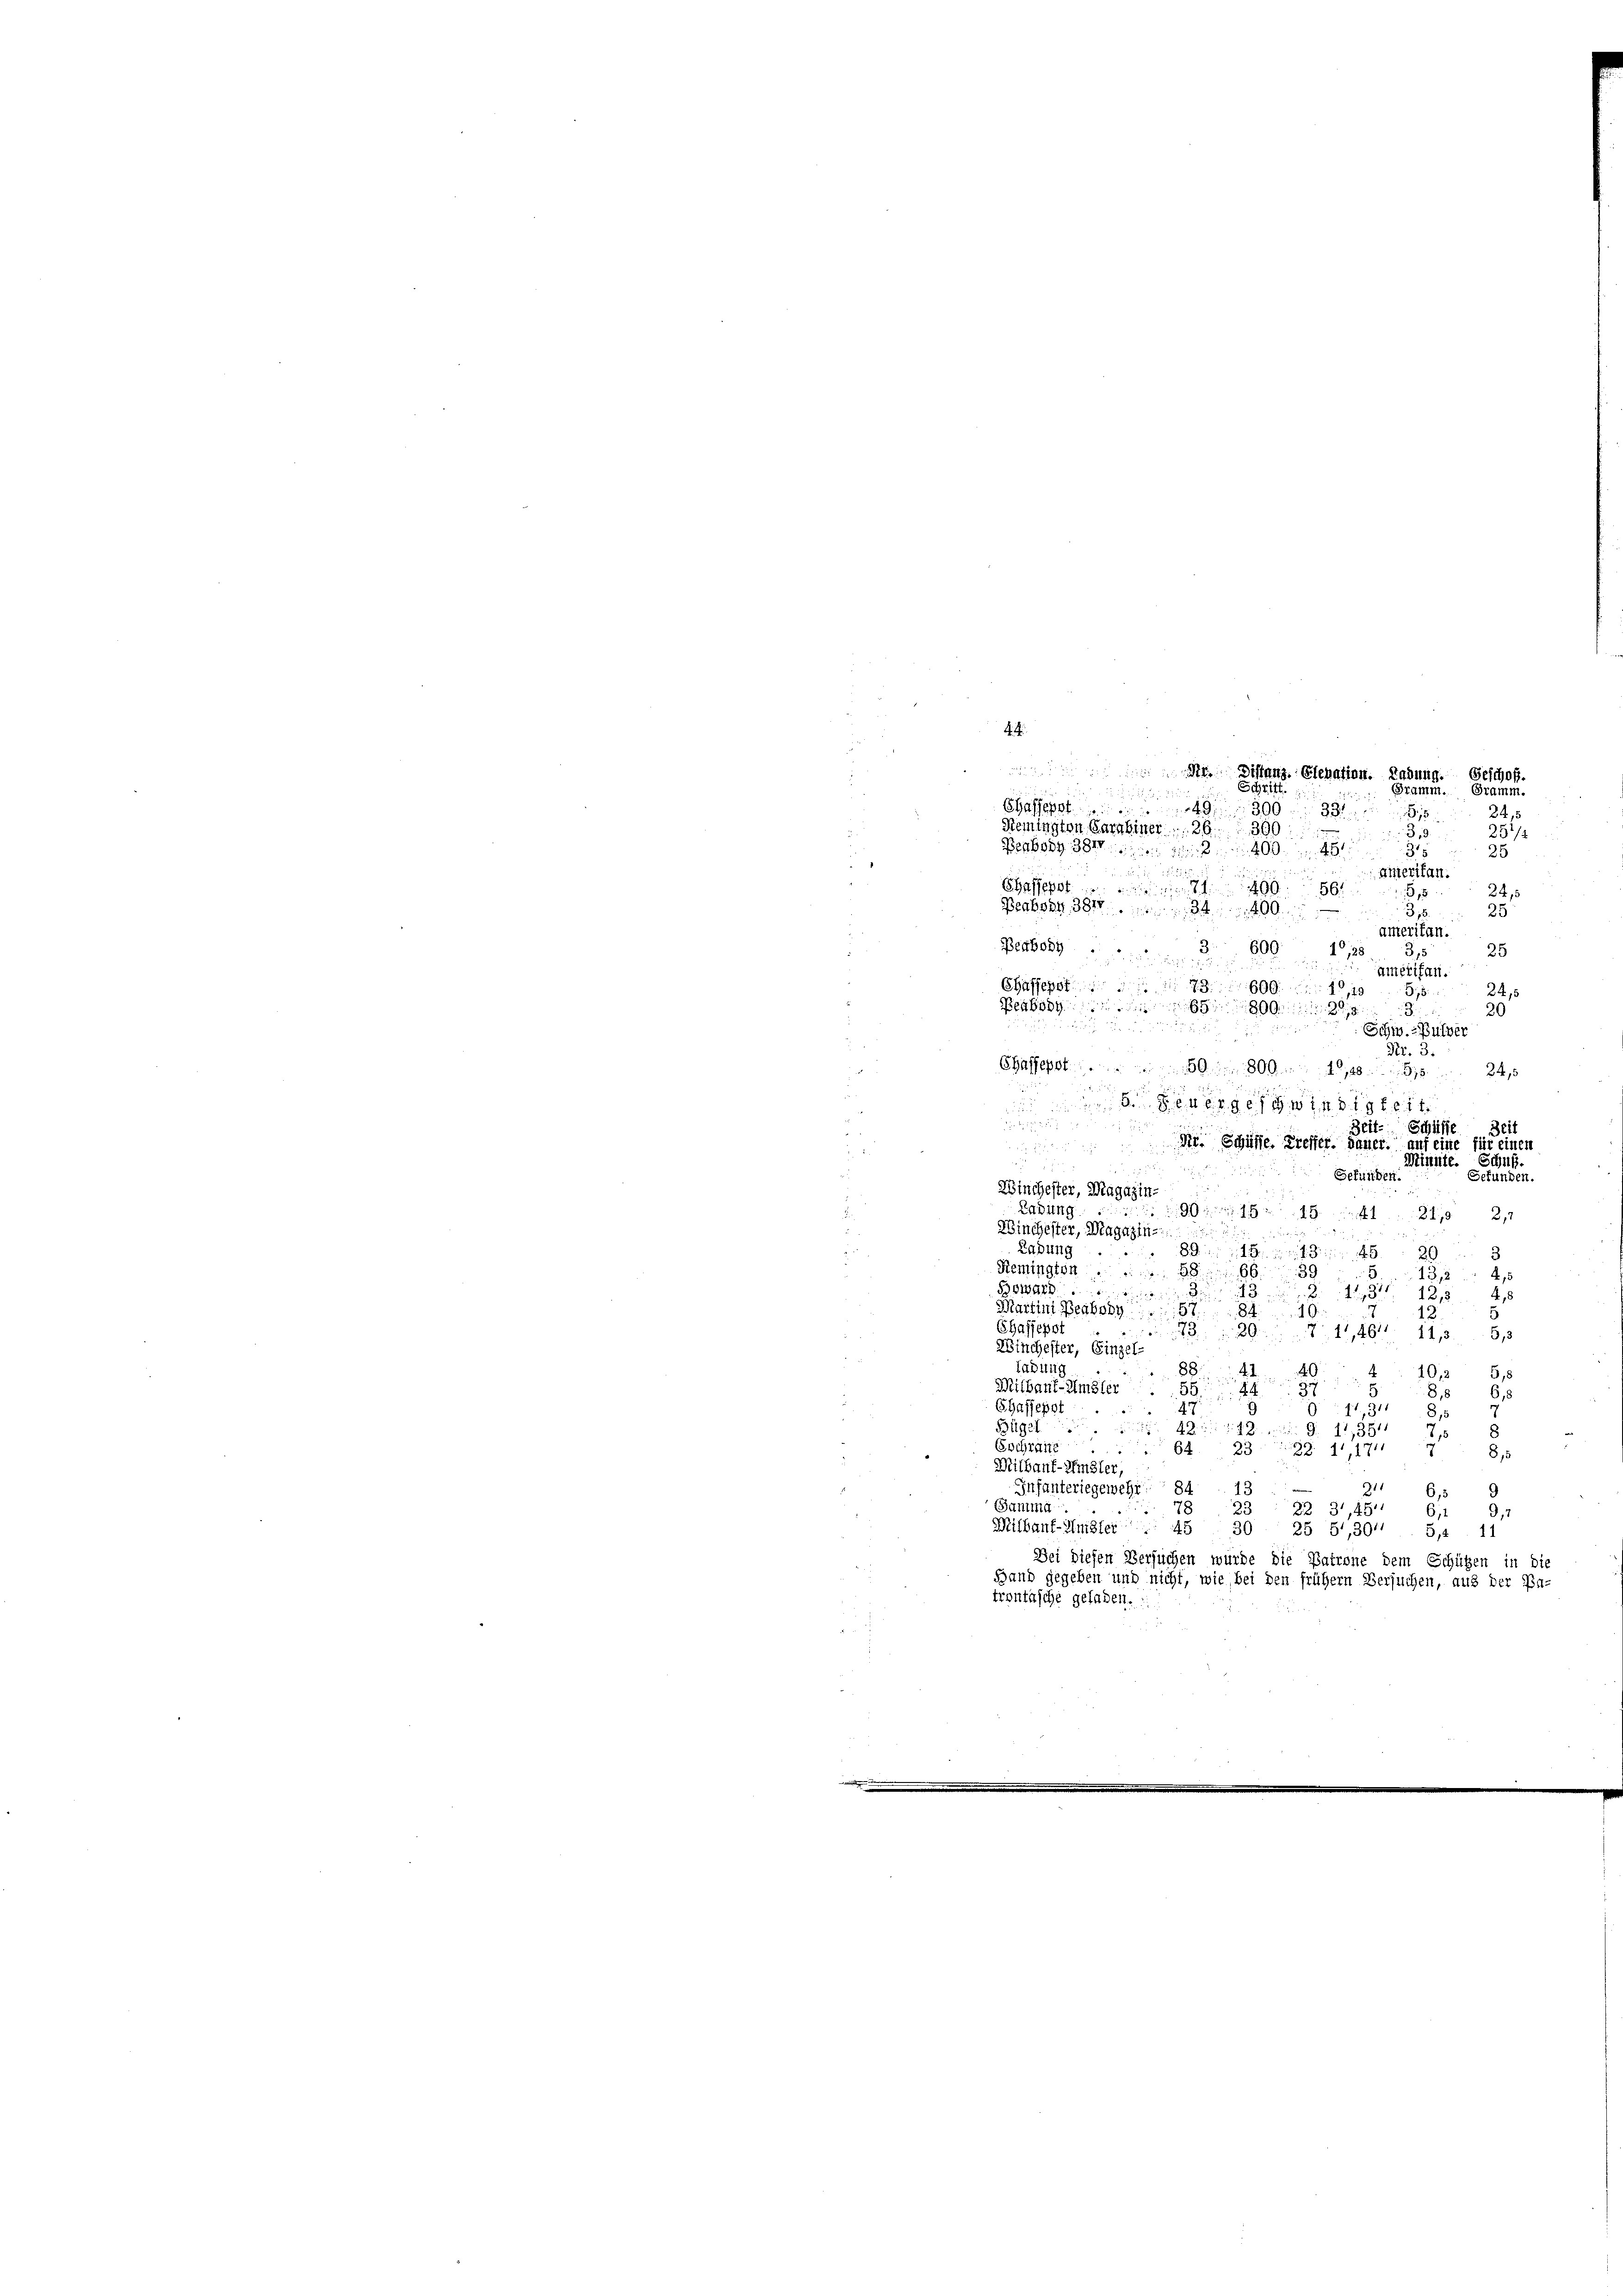
Distanz Elevation. Ladung. Geschof.
Schrift

Shafferst 300. 331
24,5
Nemington Garabiner . . 26. 360
3,9.
251/2
Benbody 381
200.
2
25
u
2
amerikan.
Chassepot
260. 561
e
24,5
5,5
Beaksaz 381.
34400
3,5.
25
amerikan.
Betbody
25
590. 1912
i
3,5
amerikan.
e
Chaffehaf
600.
24,5
5,5
2
Peabodg
550
20
3

Schw. Pulver
.
Fr. 3.
Chassepot 50 800, 245
.
d
 Bevorgehegte

.
Zeit- Schüsse
301.
Pr. Schüsse. Treffer, dauer. auf eine für einen

u
Minnte. Schuß.
i
Gefunden
Gefunden.
Winchester, Magazin-
e
Ladung 1921, 2,7
Zinchester, Magazin
Lahung ..
5. 293
Remingten ...
13,245
536 Ar
113 1248
Martini Beabs
12
Hafjepst
11,461. 11,3 53
e
Winchester, Einzel-
ladung
10,25,8
n
Witbant-Umsler
88 618
Haffeet
11,31815
Büget
G. 17,3517/8
Gschräne 64
322. 11, 1711
1815
Mithauf-Zinsler,
Infanteriegewehr 84
211 6,5 9
Summa. 78 23  22 31,45 6, 9,
Milbanf-Amsler 45 30 25 5,30' 5,1 11
Bei diesen Versuchen wurde die Patrone dem Schützen in die
22
Band gegeben und nicht, wie bei den frühern Versuchen, aus der En-
trontasche geladen.

4.

Gramm. Gramm.